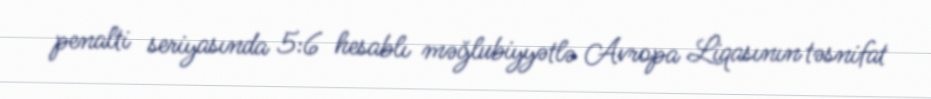
penalti seriyasında 5:6 hesablı məğlubiyyətlə Avropa Liqasının təsnifat